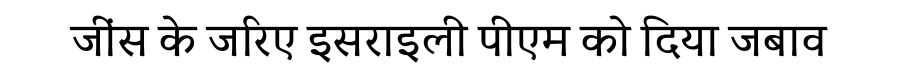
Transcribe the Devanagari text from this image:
जींस के जरिए इसराइली पीएम को दिया जबाव